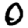
Digit: 0